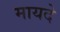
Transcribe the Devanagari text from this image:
मायदे